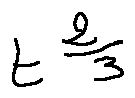
t ^ { \frac { 2 } { 3 } }